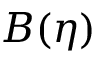
B ( \eta )